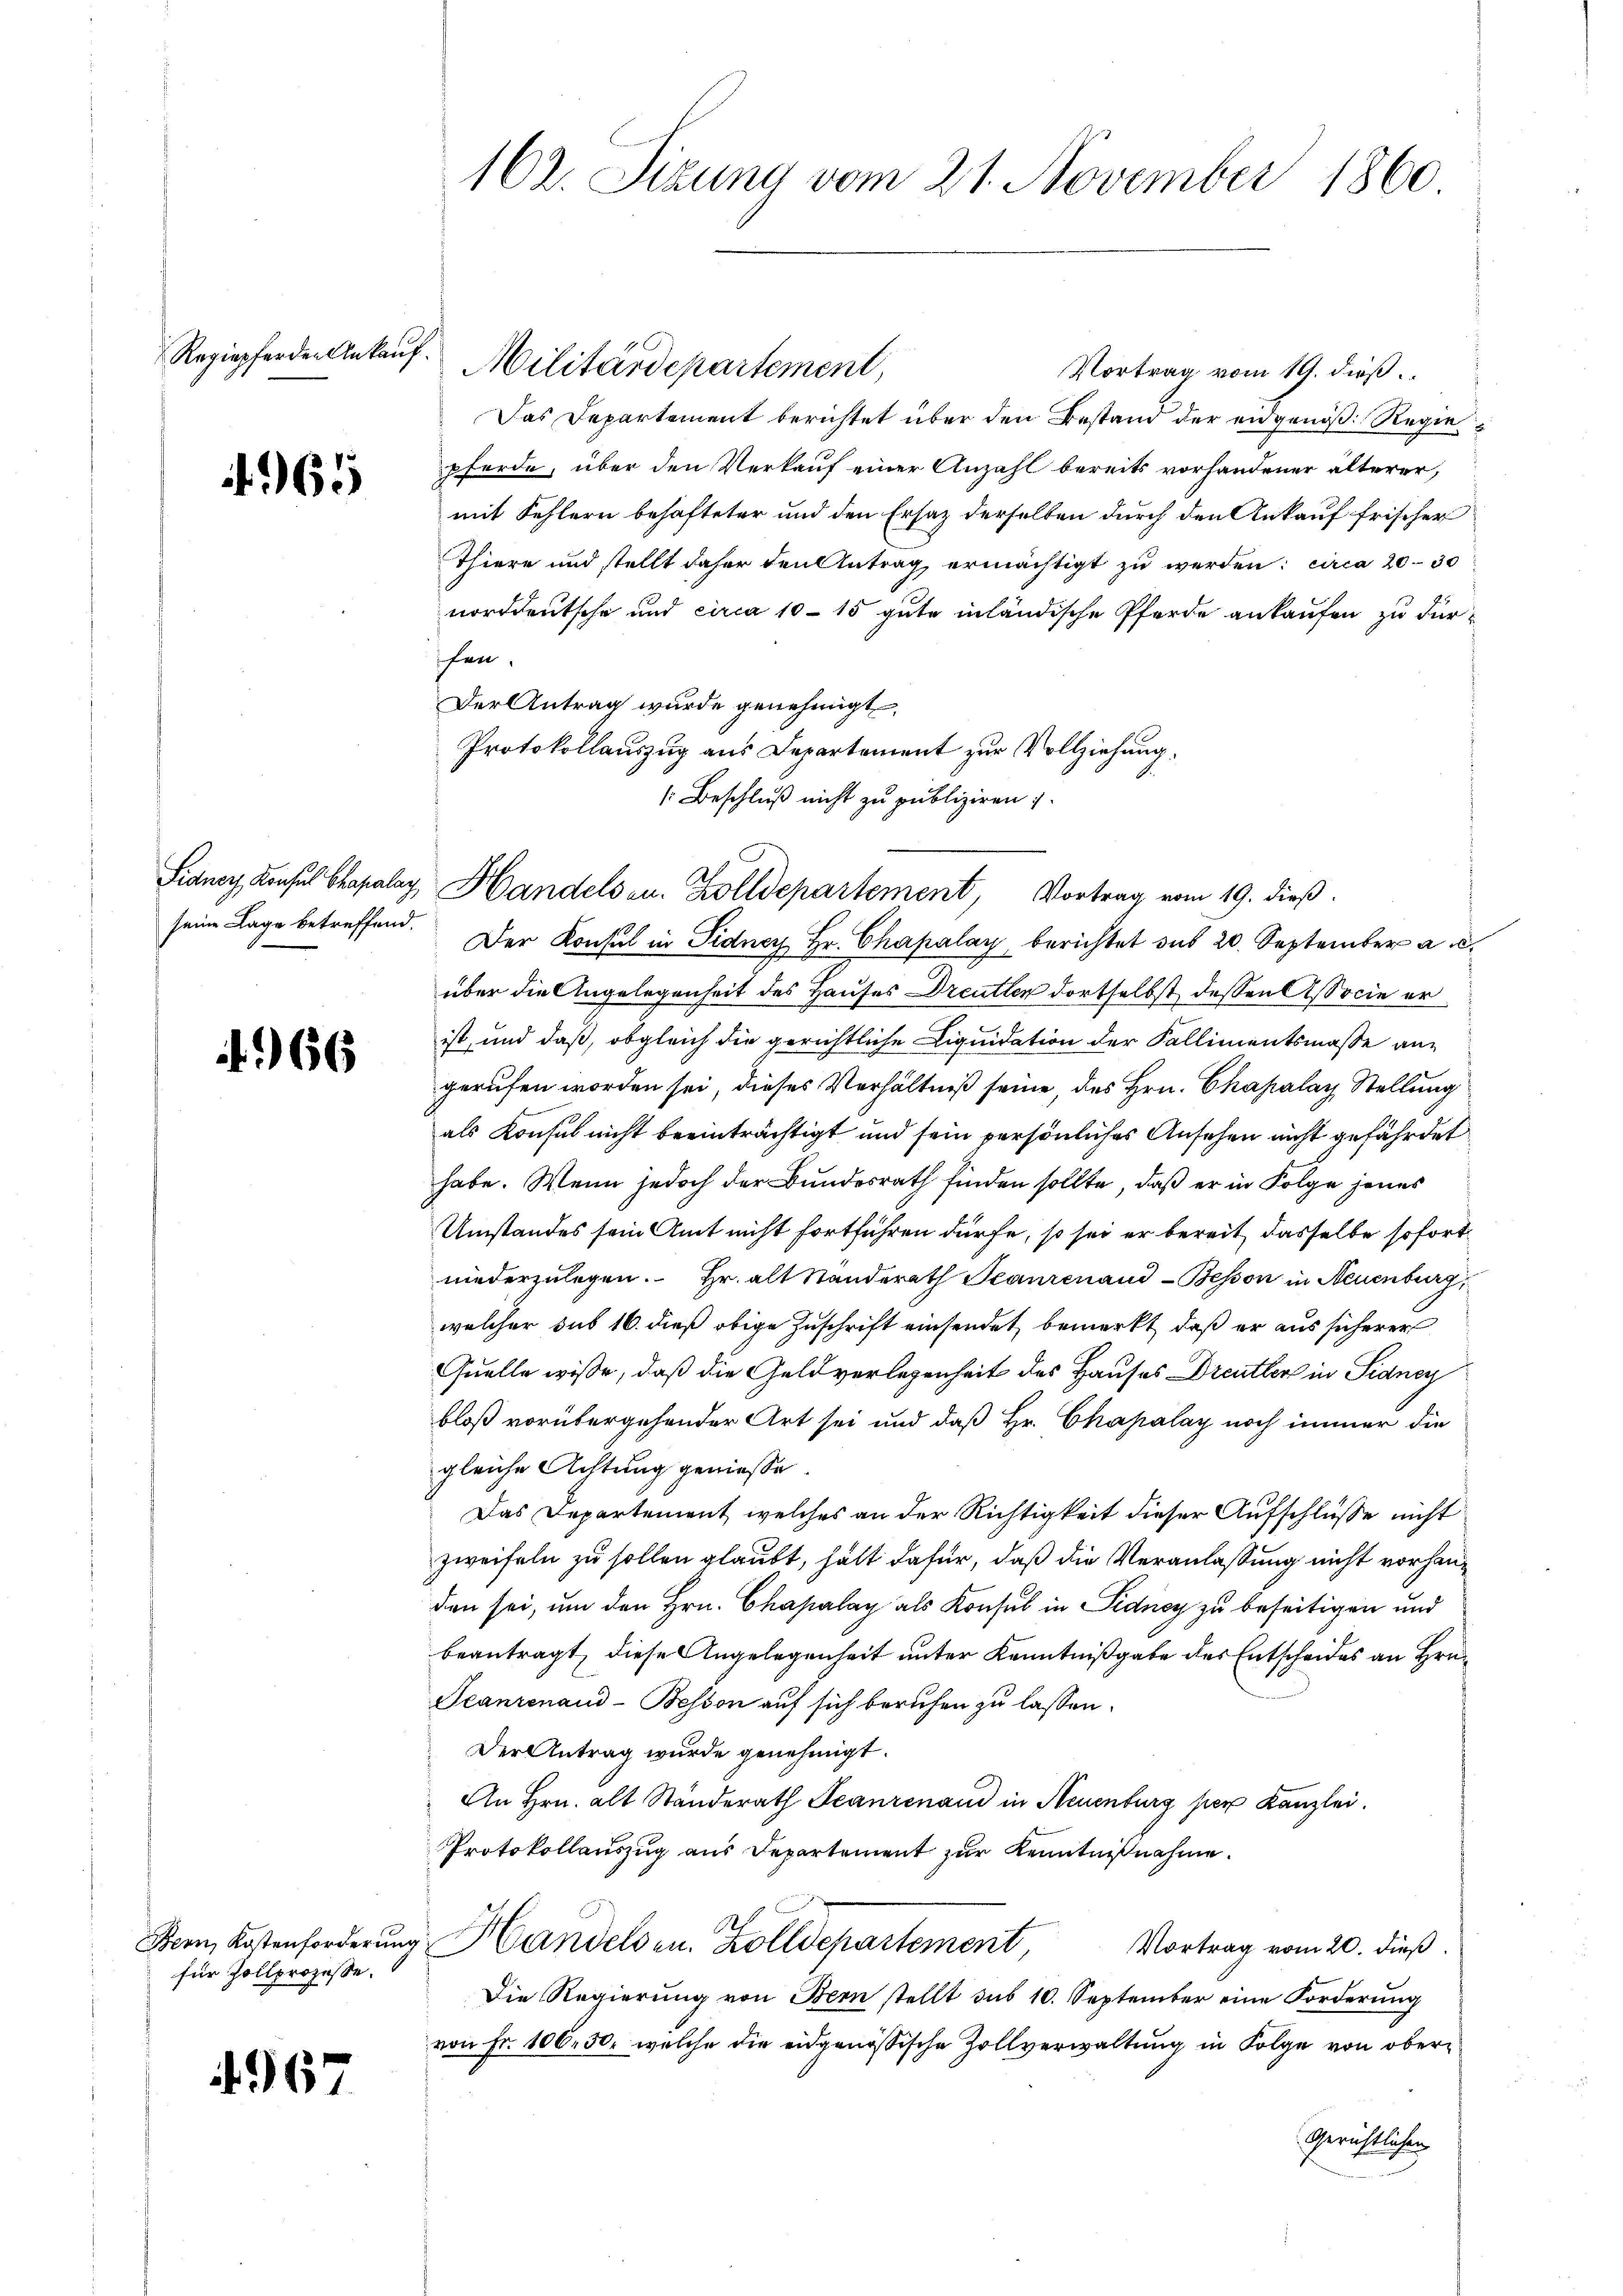
Regiepferden Ankauf¬

65

Sidner Konsul Chapalay,
seine Lage betreffend.

66

Bern, Kostenforderung
für Zollprozesse.

4967

102. Sizung vom 21. November 1860

Militärdepartement,

Vortrag vom 19. dieß
Das Departement berichtet über den Bestand der eidgenöß: Regiepferde, über den Verkauf einer Anzahl bereits vorhandener älterer,
mit Fehlern behafteter und den Ersatz derselben durch den Ankauf frischer
Thiere und stellt daher den Antrag ermächtigt zu werden; circa 20 - 30
norddeutsche und circa 10 - 15 gute inländische Pferde ankaufen zu dürfen.
Der Antrag wurde genehmigt
Protokollauszug aus Departement zur Vollziehung.
1 Beschluß nicht zu publiziren 1.
Der Konsul in Fidney Hr. Chapalay berichtet sub 20. September au
über die Angelegenheit des Hauses Dreuten dortselbst dessen Associe erist, und daß, obgleich die gerichtliche Liquidation der Fallimentsmasse angerufen worden sei, dieses Verhältniß seine, des Hrn. Chapalay Stellung
als Konsul nicht beeinträchtigt und sein persönliches Ansehen nicht gefährdet
habe. Wenn jedoch der Bundesrath finden sollte, daß er in Folge jenes
Umstandes sein Amt nicht fortführen dürfe, so sei er bereit, dasselbe sofortniederzulegen. Hr. alt Standerath Jeanrenaud-Bepson in Neuenburg,
welcher sub 16. dieß obige Zuschrift einsendet, bemerkt, daß er aus sicherer
Quelle wisse, daß die Geldverlegenheit des Hauses Dreutter in Sidney
bloß vorübergehender Art sei und daß Hr. Chapalay noch immer die
gleiche Achtung geniesse
Das Departement, welches an der Richtigkeit dieser Aufschlüsse nicht
zweifeln zu sollen glaubt, hält dafür, daß die Veranlassung nicht vorhanden sei, um den Hrn. Chapalay als Konsul in Pidney zu beseitigen und
beantragt, diese Angelegenheit unter Kenntnißgabe des Entscheides an Hrn.
Seanzenaud-Besson auf sich berufen zu lassen.
Der Antrag wurde genehmigt.
An Hrn. alt Standerath Teanrenand in Neuenburg per Kanzlei.
Protokollauszug aus Departement zur Kenntnißnahme.
Handelsen. Zolldepartement Vortrag vom 20. dieß.
Die Regierŭng von Bern stellt sub 10. September eine Forderŭng
von Fr. 106. 50, welche die eidgenössische Zollverwaltung in Folge von ober¬
Gerichtlichen

Handels u. Zolldepartement, Vortrag vom 19. dieß.